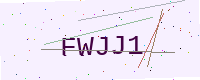
Text: FWJJ1